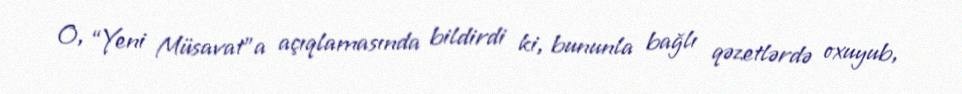
O, “Yeni Müsavat”a açıqlamasında bildirdi ki, bununla bağlı qəzetlərdə oxuyub,